Vaccination in Burma 1920-1933 - 1920-1933
Year: 1920
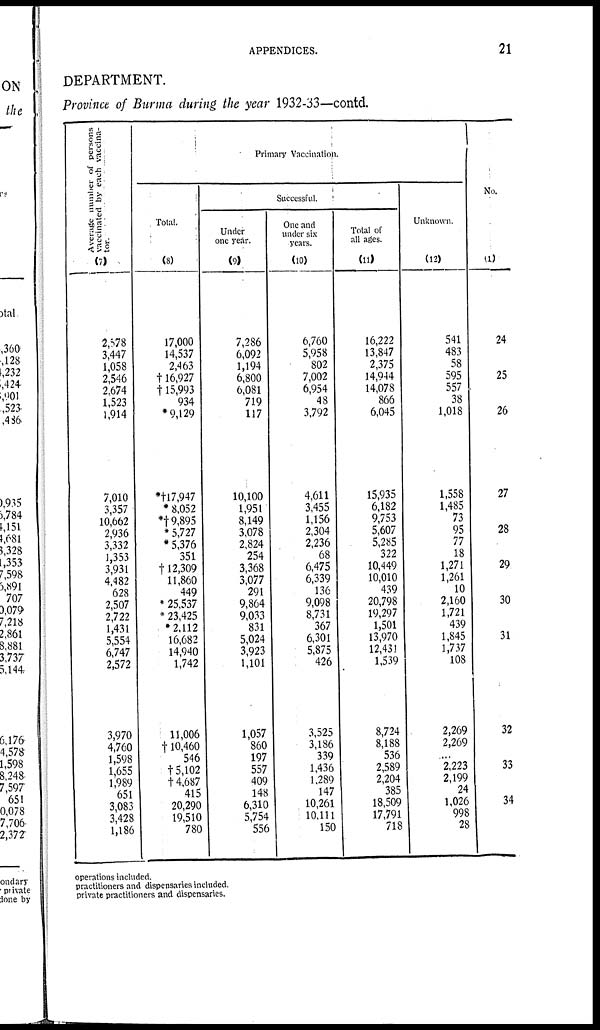
APPENDICES.
21
DEPARTMENT.
Province of Burma during the year 1932-33—contd.
Average number of persons
vaccinated by each vaccina-
tor.
(7)
2,578
3,447
1,058
2,546
2,674
1,523
1,914
7,010
3,357
10,662
2,936
3,332
1,353
3,931
4,482
628
2,507
2,722
1,431
5,554
6,747
2,572
3,970
4,760
1,598
1,655
1,989
651
3,083
3,428
1,186
Primary Vaccination.
Total.
(8)
17,000
14,537
2,463
†16,927
†15,993
934
*9,129
*†17,947
*8,052
*† 9,895
*5,727
*5,376
351
†12,309
11,860
449
*25,537
*23,425
*2,112
16,682
14,940
1,742
11,006
†10,460
546
†5,102
†4,687
415
20,290
19,510
780
Successful.
Under
one year.
(9)
7,286
6,092
1,194
6,800
6,081
719
117
10,100
1,951
8,149
3,078
2,824
254
3,368
3,077
291
9,864
9,033
831
5,024
3,923
1,101
1,057
860
197
557
409
148
6,310
5,754
556
One and
under six
years.
(10)
6,760
5,958
802
7,002
6,954
48
3,792
4,611
3,455
1,156
2,304
2,236
68
6,475
6,339
136
9,098
8,731
367
6,301
5,875
426
3,525
3,186
339
1,436
1,289
147
10,261
10,111
150
Total of
all ages.
(11)
16,222
13,847
2,375
14,914
14,078
866
6,045
15,935
6,182
9,753
5,607
5,285
322
10,449
10,010
439
20,798
19,297
1,501
13,970
12,431
1,539
8,724
8,188
536
2,589
2,204
385
18,509
17,791
718
Unknown.
(12)
541
483
58
595
557
38
1,018
1,558
1,485
73
95
77
18
1,271
1,261
10
2,160
1,721
439
1,845
1,737
108
2,269
2,269
...
2,223
2,199
24
1,026
998
28
No.
(1)
24
25
26
27
28
29
30
31
32
33
34
operations included.
practitioners and dispensaries included.
private practitioners and dispensaries.